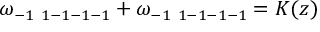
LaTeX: \omega _ { - 1 \ 1 - 1 - 1 - 1 } + \omega _ { - 1 \ 1 - 1 - 1 - 1 } = K ( z )